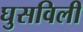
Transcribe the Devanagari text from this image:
घुसविली